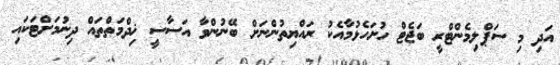
އަދި މި ސަޕްލިމެންޓްރީ ބަޖެޓް ހުށަހެޅުމާއެކު ރައްޔިތުންނަށް ބޭނުންވާ އަސާސީ ޚިދްމަތްތައް ދިނުމަށްޓަކައި